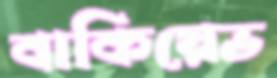
বাকিয়েভ